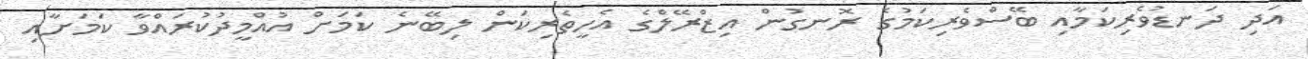
އަދި ދަނޑުވެރިކަމާއި ބޭސްވެރިކަމުގެ ރޮނގުން އިޒްރޭލްގެ އެހީތެރިކަން ލިބޭނެ ކަމަށް އުއްމީދުކުރައްވާ ކަމަށާއި